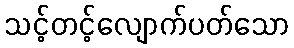
သင့်တင့်လျောက်ပတ်သော